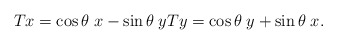
\begin{align*}Tx = \cos \theta \; x - \sin \theta \; y Ty = \cos \theta \; y + \sin \theta \; x.\end{align*}